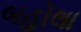
બહોલા